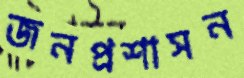
জনপ্রশাসন